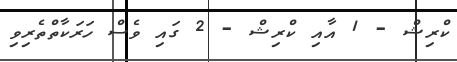
ކްރިޝް - 1 އާއި ކްރިޝް - 2 ގައި ވެސް ހަރަކާތްތެރިވި